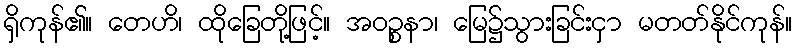
ရှိကုန်၏။ တေဟိ၊ ထိုခြေတို့ဖြင့်။ အဝဉ္စနာ၊ မြေ၌သွားခြင်းငှာ မတတ်နိုင်ကုန်။